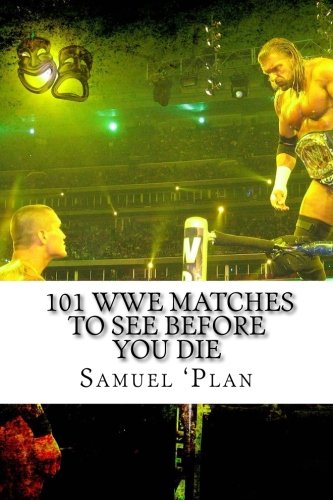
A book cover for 101 WWE Matches To See Before You Die; Samuel 'Plan; Sports & Outdoors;